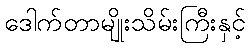
ဒေါက်တာမျိုးသိမ်းကြီးနှင့်